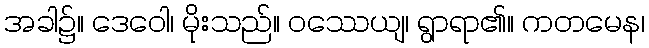
အခါ၌။ ဒေဝေါ၊ မိုးသည်။ ဝဿေယျ၊ ရွာရာ၏။ ကတမေန၊